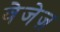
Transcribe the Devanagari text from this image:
वेजेज़